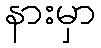
နားမှာ